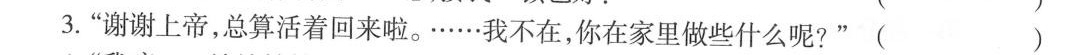
”3.”谢谢上帝，总算活着回来啦。……我不在，你在家里做些什么呢?”( )